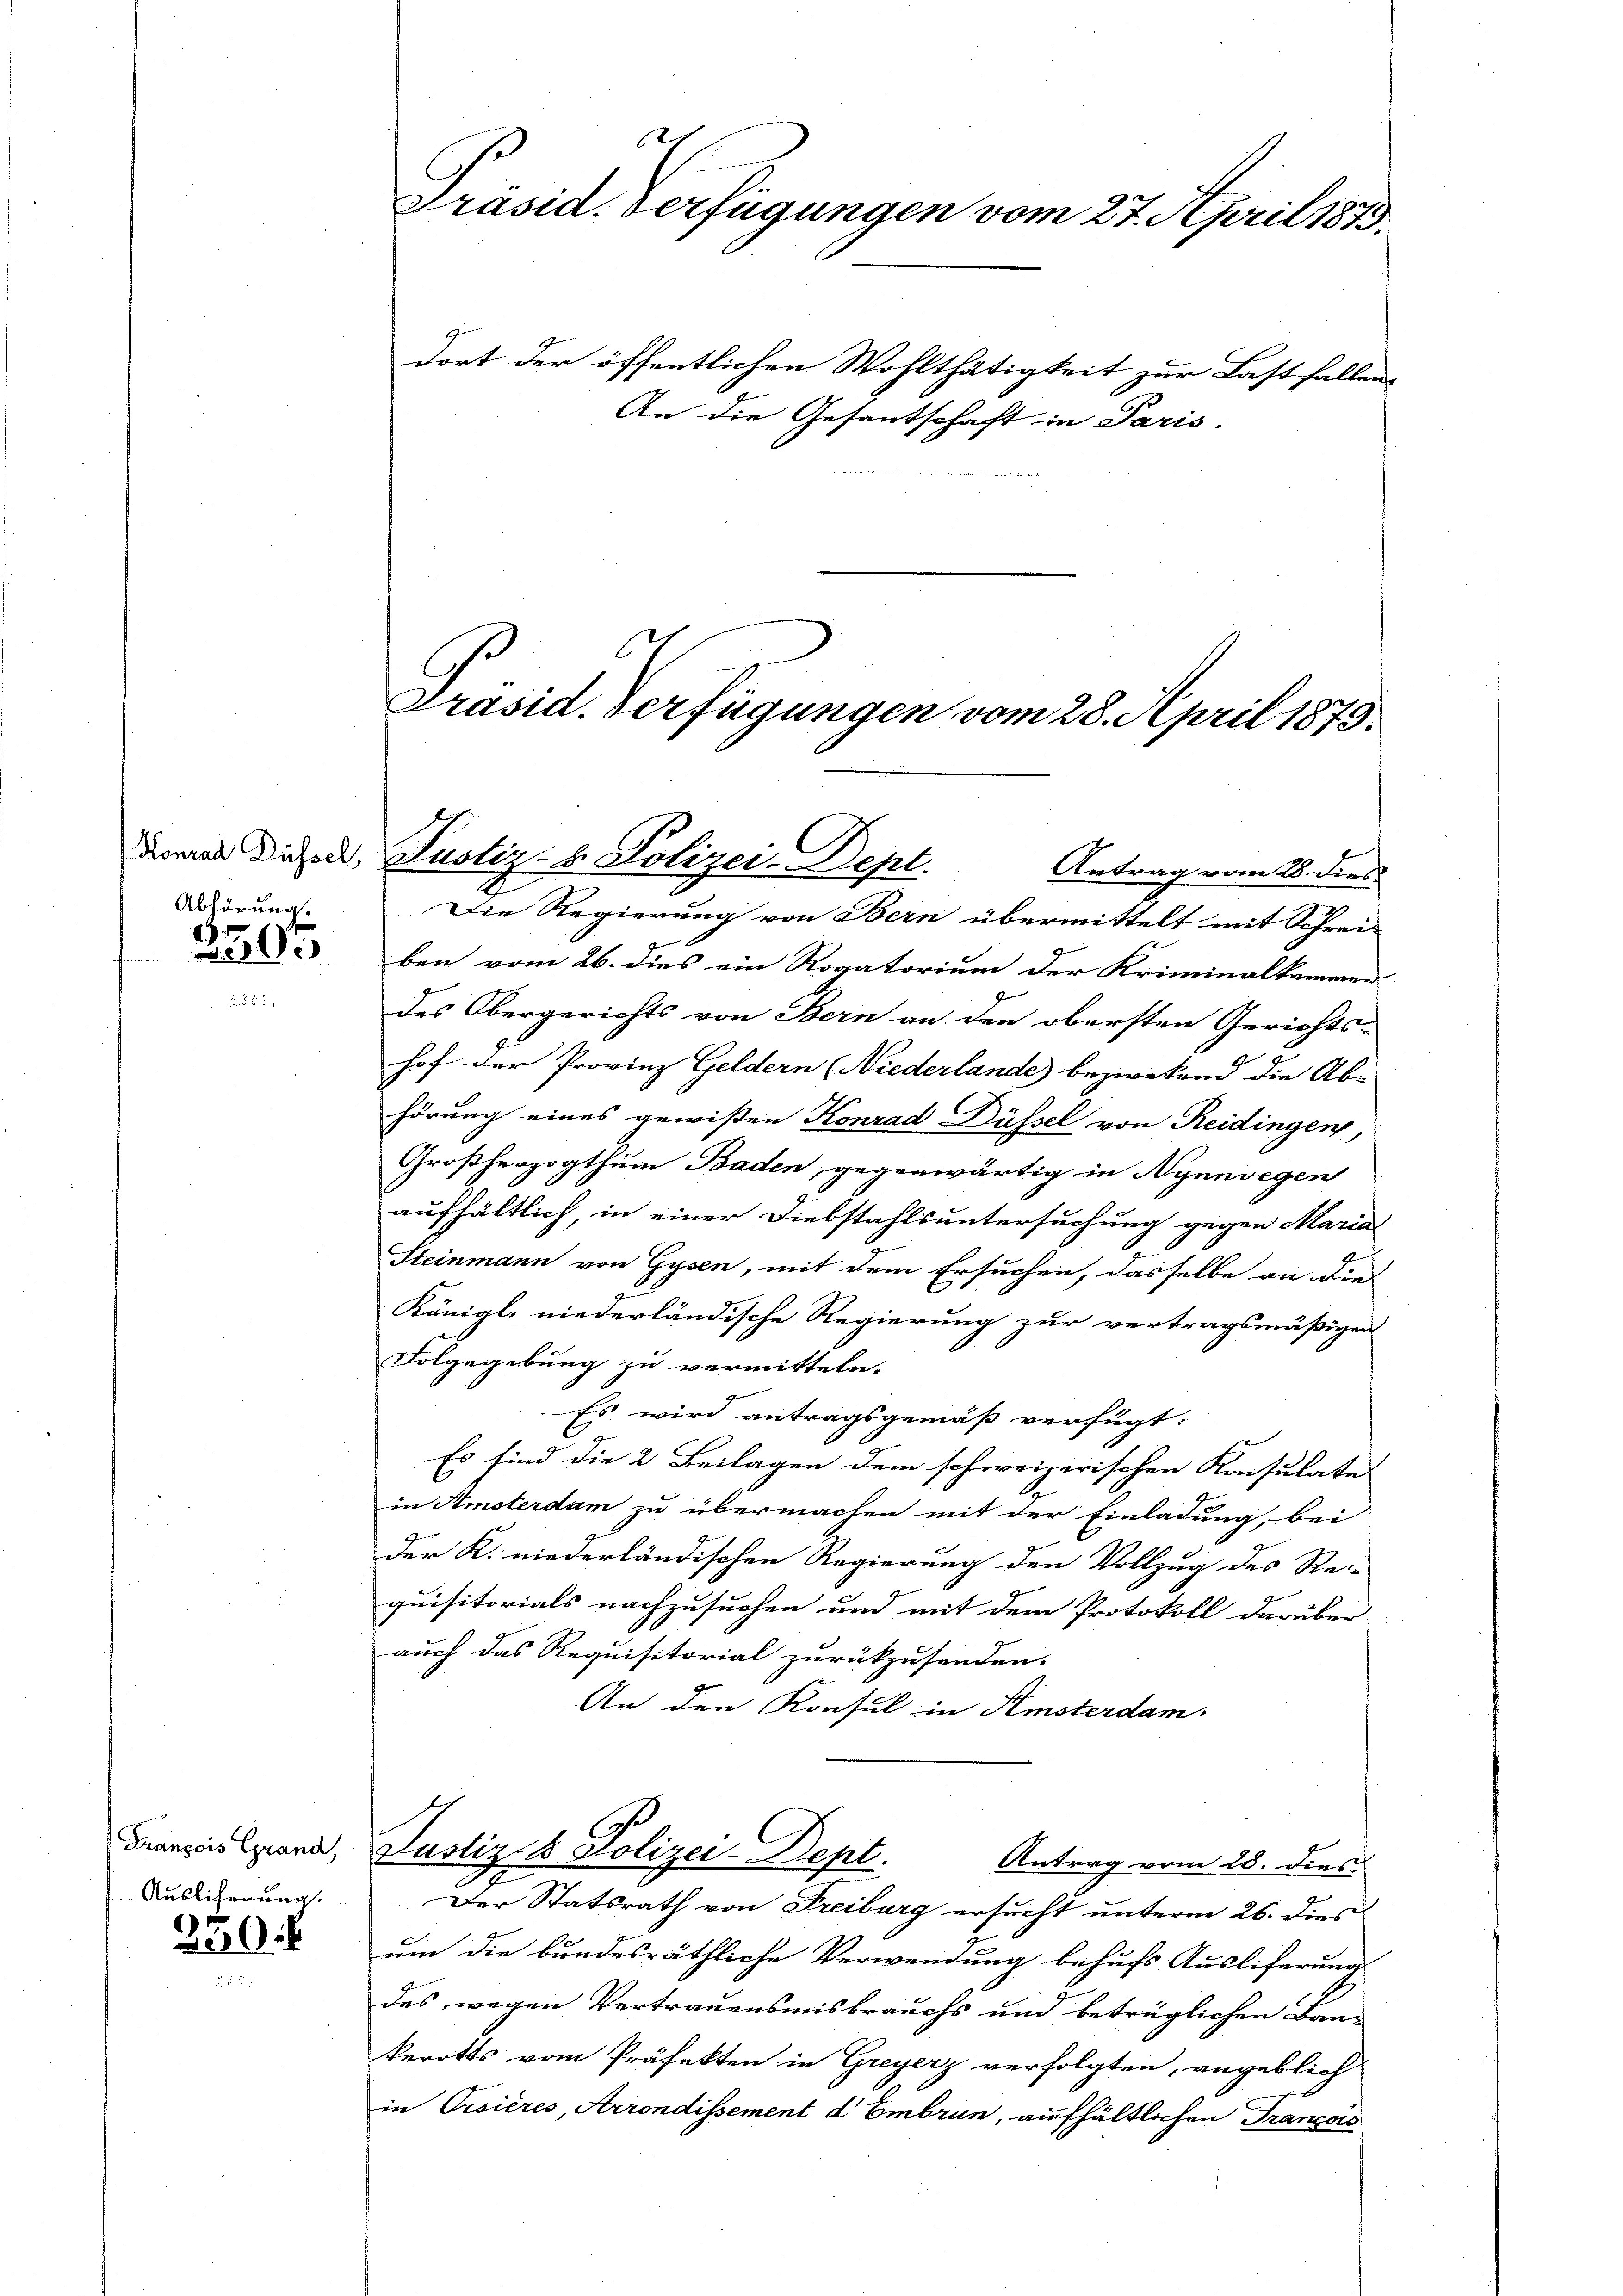
Konrad Düssel,
Abhörung.

250.

François Grand
Auslicherung

200.

Präsid. Verfügungen vom 27. April 1873.

dort der öffentlichen Wohlthätigkeit zur Last fallen,
An die Gesantschaft in Paris.

Präsid. Verfügungen vom 28. April 1873.
Pustiz- & Polizei-Dept.
Antrag vom 28. dies

Die Regierung von Bern übermittelt mit Schrei-
ben vom 26. dies ein Rogatorium der Kriminalkammen
des Obergerichts von Bern an den obersten Gerichts-
hof der Provinz Geldern (Niederlande) bezweckend die Ab-
hörung eines gewißen Konrad Düssel von Reidingen,
Großherzogthum Baden, gegenwärtig in Nynnvegen
aufhältlich, in einer Diebstahlsuntersuchung gegen Marial
Steinmann von Gysen, mit dem Ersuchen, dasselbe an die
Königl. niederländische Regierung zur vertragsmäßigen
Folgegebung zu vermitteln.
Es wird antragsgemäß verfügt:
Es sind die 2. Beilagen dem schweizerischen Konsulate
in Amsterdam zu übermachen mit der Einladung, bei
der K. niederländischen Regierung den Vollzug des Re-
quisitorials nachzusuchen und mit dem Protokoll darüber
auch das Requisitorial zurückzusenden.
An den Konsul in Amsterdam.
Justiz & Polizei-Dept.
Antrag vom 28. dies
.
Der Statsrath von Freiburg ersucht unterm 26. Diesel
um die bundesräthliche Verwendung behufs Ausliferung
des wegen Vertrauensmisbrauchs und beträglichen Ban-
kerotts vom Präfekten in Greyerz verfolgten, angeblich
in Orsières, Arrondissement d Embrun, aufhältlichen Francois